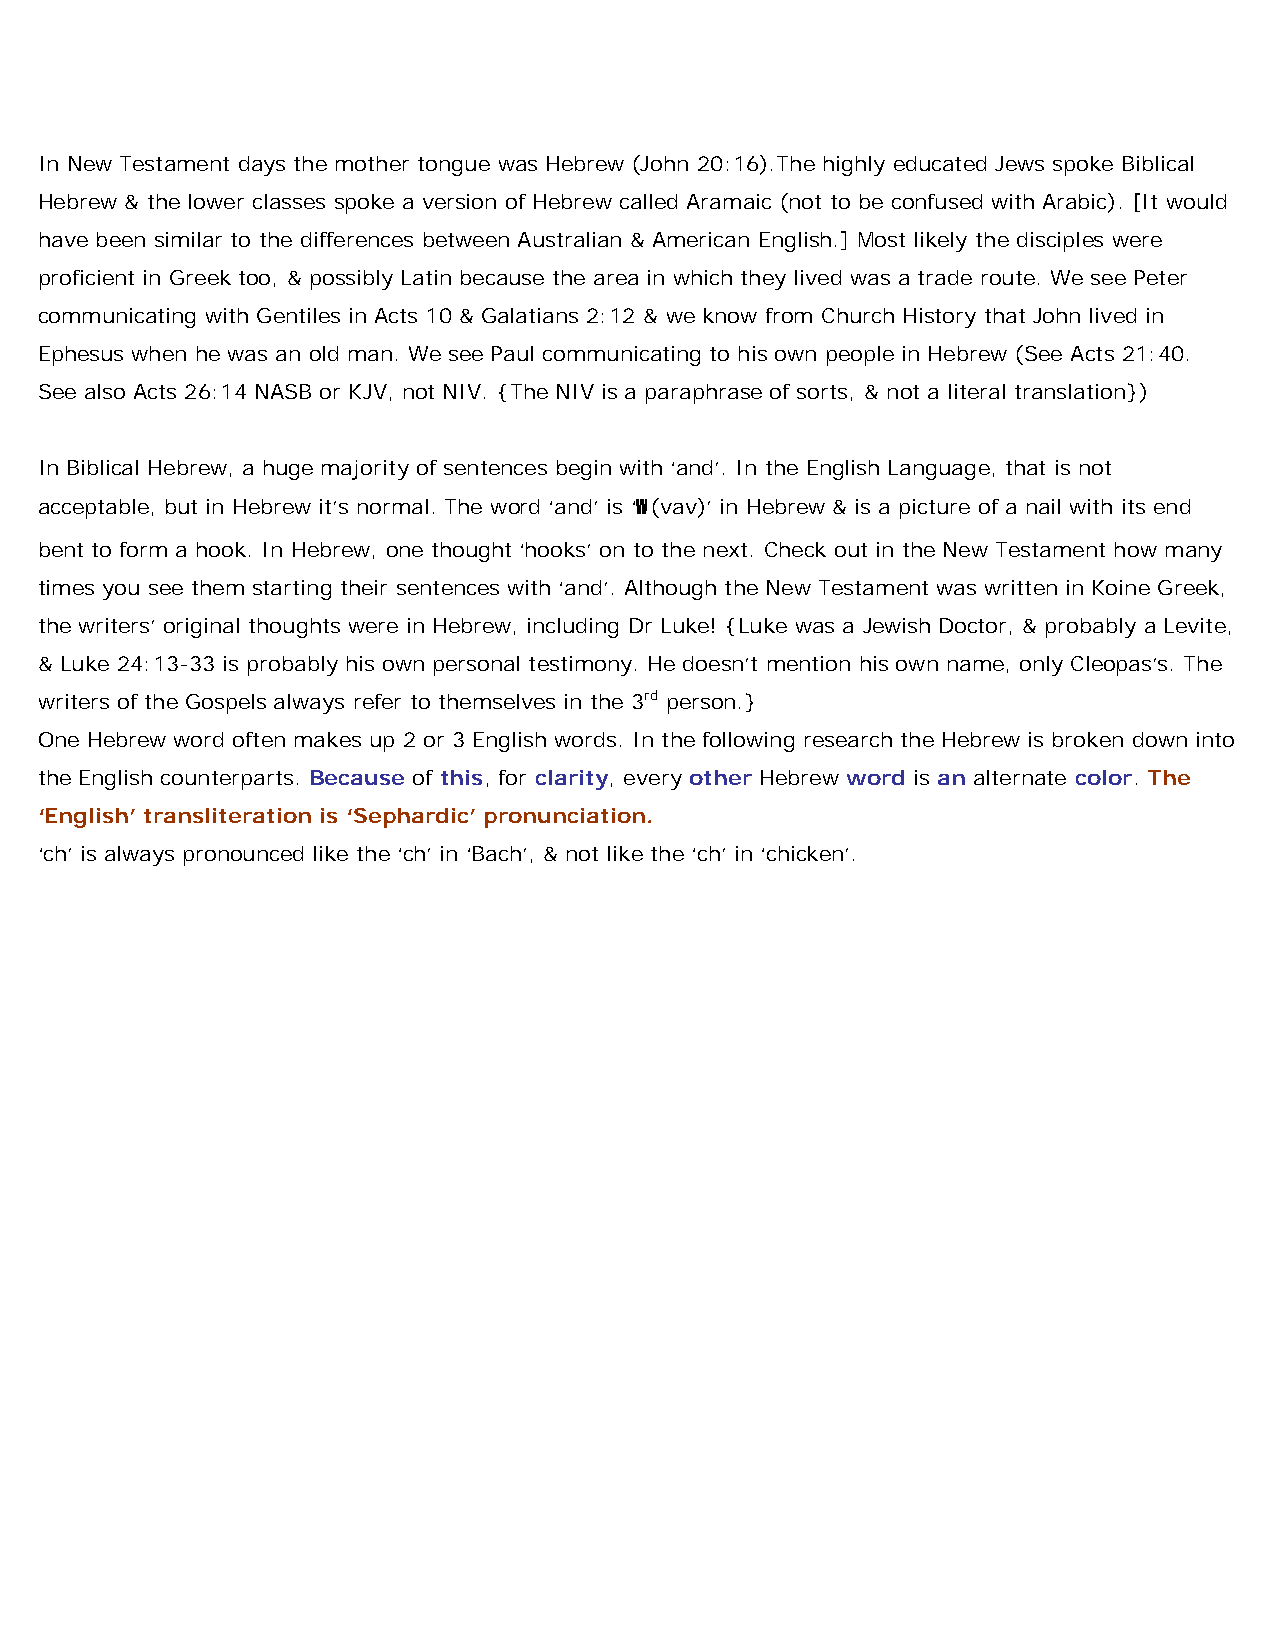
In New Testament days the mother tongue was Hebrew (John 20:16).The highly educated Jews spoke Biblical
 Hebrew & the lower classes spoke a version of Hebrew called Aramaic (not to be confused with Arabic). [It would
 have been similar to the differences between Australian & American English.] Most likely the disciples were
 proficient in Greek too, & possibly Latin because the area in which they lived was a trade route. We see Peter
 communicating with Gentiles in Acts 10 & Galatians 2:12 & we know from Church History that John lived in
 Ephesus when he was an old man. We see Paul communicating to his own people in Hebrew (See Acts 21:40.
 See also Acts 26:14 NASB or KJV, not NIV. {The NIV is a paraphrase of sorts, & not a literal translation})
 In Biblical Hebrew, a huge majority of sentences begin with ‘and’. In the English Language, that is not
 acceptable, but in Hebrew it’s normal. The word ‘and’ is ‘w (vav)’ in Hebrew & is a picture of a nail with its end
 bent to form a hook. In Hebrew, one thought ‘hooks’ on to the next. Check out in the New Testament how many
 times you see them starting their sentences with ‘and’. Although the New Testament was written in Koine Greek,
 the writers’ original thoughts were in Hebrew, including Dr Luke! {Luke was a Jewish Doctor, & probably a Levite,
 & Luke 24:13-33 is probably his own personal testimony. He doesn’t mention his own name, only Cleopas’s. The
 writers of the Gospels always refer to themselves in the 3rd person.}
 One Hebrew word often makes up 2 or 3 English words. In the following research the Hebrew is broken down into
 the English counterparts. Because of this, for clarity, every other Hebrew word is an alternate color. The
 ‘English’ transliteration is ‘Sephardic’ pronunciation.
 ‘ch’ is always pronounced like the ‘ch’ in ‘Bach’, & not like the ‘ch’ in ‘chicken’.